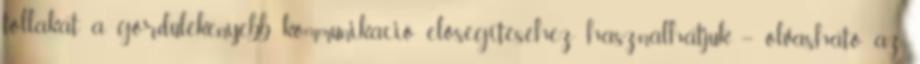
tollakat a gördülékenyebb kommunikáció elősegítéséhez használhatjuk – olvasható az